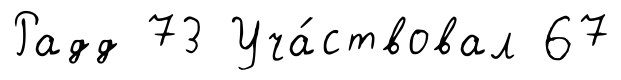
Радд 73 Уча́ствовал 67